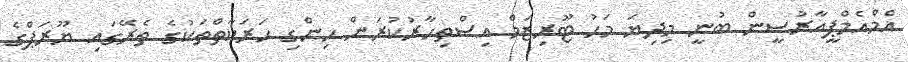
އެމްއެމްޕީއާރުސީން ބުނީ މިދިޔަ މަހު ޓޫރިޒަމް އިސްތިހާރުކުރަން ހިންގި ހަރަކާތްތަކުގެ ތެރޭގައި ޔޫރަޕްގެ